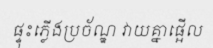
ផ្ទុះភ្លើងប្រច័ណ្ឌ វាយគ្នាផ្អើល